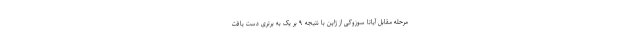
مرحله مقابل آیاتا سوزوکی از ژاپن با نتیجه ۹ بر یک به برتری دست یافت